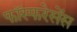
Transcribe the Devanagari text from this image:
फॉस्फरेसेंस